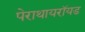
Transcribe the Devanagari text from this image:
पेराथायरॉयड